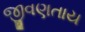
જીવણતાય